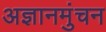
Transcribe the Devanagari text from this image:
अज्ञानमुंचन